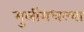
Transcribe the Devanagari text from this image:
मुलींमधल्या